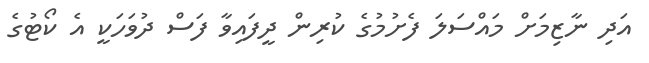
އަދި ނާޒިމަށް މައްސަލަ ފެށުމުގެ ކުރިން ދީފައިވާ ފަސް ދުވަހަކީ އެ ކޯޓުގެ